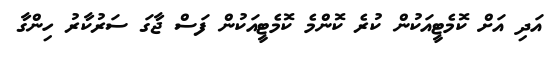
އަދި އަށް ކޮމެޓީއަކުން ކުރެ ކޮންމެ ކޮމެޓީއަކުން ފަސް ޖާގަ ސަރުކާރު ހިންގާ